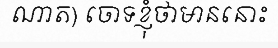
ណាត) ចោទខ្ញុំថាមាននោះ